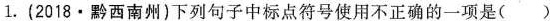
1.(2018·黔西南州)下列句子中标点符号使用不正确的一项是（）